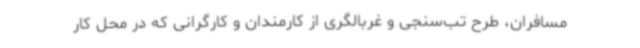
مسافران، طرح تب‌سنجی و غربالگری از کارمندان و کارگرانی که در محل کار